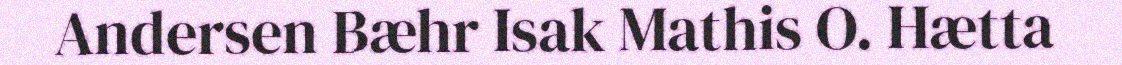
Andersen Bæhr Isak Mathis O. Hætta